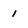
Character: i